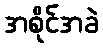
အစိုင်အခဲ